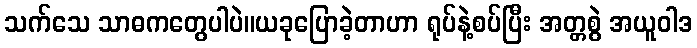
သက်သေ သာဓကတွေပါပဲ။ယခုပြောခဲ့တာဟာ ရုပ်နဲ့စပ်ပြီး အတ္တစွဲ အယူဝါဒ